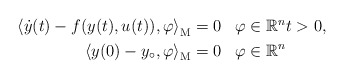
\begin{align*}\begin{aligned}{\langle \dot y(t)-f(y(t),u(t)),\varphi\rangle}_\mathrm M&=0&&\varphi\in \mathbb R^nt>0,\\{\langle y(0)-y_\circ,\varphi\rangle}_\mathrm M&=0&&\varphi\in \mathbb R^n\end{aligned}\end{align*}